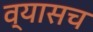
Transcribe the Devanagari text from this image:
व्यासच